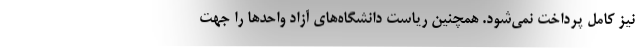
نیز کامل پرداخت نمی‌شود. همچنین ریاست دانشگاه‌های آزاد واحدها را جهت